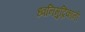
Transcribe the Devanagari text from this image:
ध्वनिमुद्रिकांनी